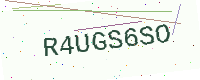
Text: R4UGS6SO